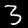
Label: 3